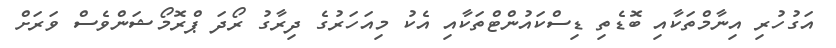
އަގުހުރި އިނާމްތަކާއި ބޮޑެތި ޑިސްކައުންޓްތަކާއި އެކު މިއަހަރުގެ ދިރާގު ރޯދަ ޕްރޮމޯޝަންވެސް ވަރަށް